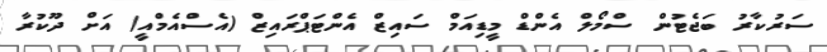
ސަރުކާރު ބަޖެޓުން ސްމޯލް އެންޑް މީޑިއަމް ސައިޒް އެންޓަޕްރައިޒް (އެސްއެމްއީ) އަށް ދޫކުރާ